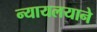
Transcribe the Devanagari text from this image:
न्यायलयाने